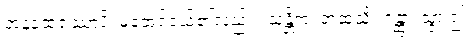
အနူထေရဿာပိ၊ မထေရ်ငယ်၏လည်း။ သန္တိကံ၊ အထံသို့။ ဂန္တွာ၊ သွား၍။